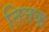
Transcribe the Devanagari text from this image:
तित्तक